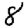
Digit: 8